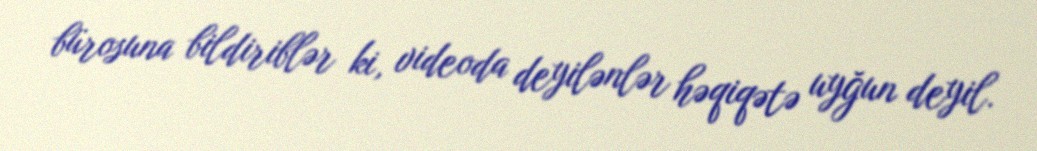
bürosuna bildiriblər ki, videoda deyilənlər həqiqətə uyğun deyil.